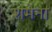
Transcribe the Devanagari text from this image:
शमेना